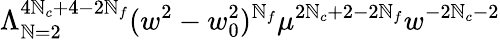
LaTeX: \Lambda_{\mathbb{N}=2}^{4\mathbb{N}_{c}+4-2\mathbb{N}_{f}}(w^{2}-w_{0}^{2})^{\mathbb{N}_{f}}\mu^{2\mathbb{N}_{c}+2-2\mathbb{N}_{f}}w^{-2\mathbb{N}_{c}-2}